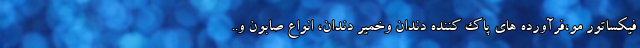
فیکساتور مو،فرآورده های پاک کننده دندان وخمیر دندان، انواع صابون و..